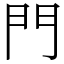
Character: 門